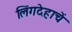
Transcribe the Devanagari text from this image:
लिंगदेहाचें